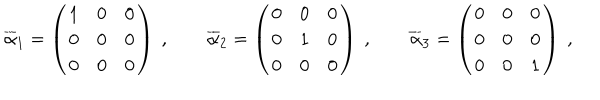
LaTeX: \overline { { { \alpha } } } _ { 1 } = \left( \begin{array} { c c c } { { 1 } } & { { 0 } } & { { 0 } } \\ { { 0 } } & { { 0 } } & { { 0 } } \\ { { 0 } } & { { 0 } } & { { 0 } } \\ \end{array} \right) ~ , \quad \quad \overline { { { \alpha } } } _ { 2 } = \left( \begin{array} { c c c } { { 0 } } & { { 0 } } & { { 0 } } \\ { { 0 } } & { { 1 } } & { { 0 } } \\ { { 0 } } & { { 0 } } & { { 0 } } \\ \end{array} \right) ~ , \quad \quad \overline { { { \alpha } } } _ { 3 } = \left( \begin{array} { c c c } { { 0 } } & { { 0 } } & { { 0 } } \\ { { 0 } } & { { 0 } } & { { 0 } } \\ { { 0 } } & { { 0 } } & { { 1 } } \\ \end{array} \right) ~ ,